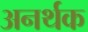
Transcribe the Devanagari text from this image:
अनर्थक